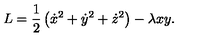
L = \frac { 1 } { 2 } \left( \dot { x } ^ { 2 } + \dot { y } ^ { 2 } + \dot { z } ^ { 2 } \right) - \lambda x y .